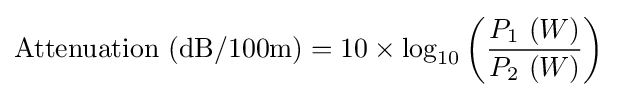
{\text{Attenuation (dB/100m)}}=10\times \log _{10}\left({\frac {P_{1}\ (W)}{P_{2}\ (W)}}\right)